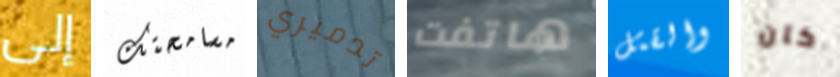
إلى مسامحتك تدميري هاتفت والقتل كان